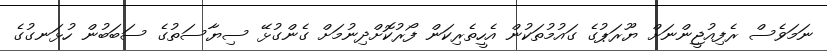
ނަމަވެސް ރެފިއުޖީންނަށް ޔޫރަޕުގެ ގައުމުތަކުން އެހީތެރިކަން ފޯރުކޮށްދިނުމަށް ގެންގުޅޭ ސިޔާސަތުގެ ސަބަބުން ހުޅަނގުގެ